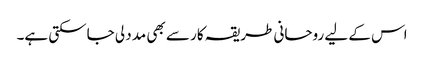
اس کے لیے روحانی طریقہ کار سے بھی مدد لی جاسکتی ہے۔